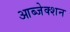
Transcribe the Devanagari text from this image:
आब्जेक्शन